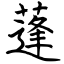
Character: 蓬